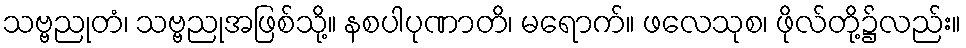
သဗ္ဗညုတံ၊ သဗ္ဗညုအဖြစ်သို့။ နစပါပုဏာတိ၊ မရောက်။ ဖလေသုစ၊ ဖိုလ်တို့၌လည်း။